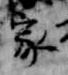
家